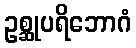
ဥစ္ဆုပရိဘောဂံ